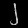
Digit: ၂